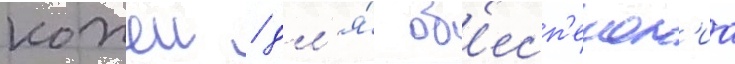
кожеи / дл'я́ об'есп'ечен'иа